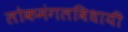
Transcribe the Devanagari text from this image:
लोकमंगलविधायी